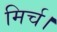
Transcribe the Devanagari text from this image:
मिर्च।